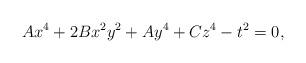
LaTeX: \begin{align*}Ax^4 + 2Bx^2y^2 + Ay^4 + Cz^4 - t^2 = 0,\end{align*}